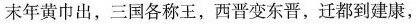
末年黄巾出，三国各称王，西晋变东晋，迁都到建康，